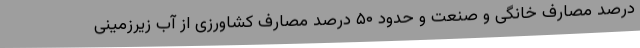
درصد مصارف خانگی و صنعت و حدود ۵۰ درصد مصارف کشاورزی از آب زیرزمینی